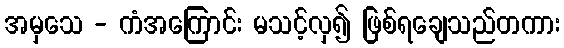
အမှသေ - ကံအကြောင်း မသင့်လှ၍ ဖြစ်ရချေသည်တကား